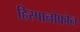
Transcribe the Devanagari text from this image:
हिस्पानोफोन